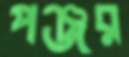
পঞ্জর